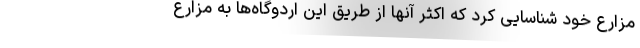
مزارع خود شناسایی کرد که اکثر آنها از طریق این اردوگاه‌ها به مزارع